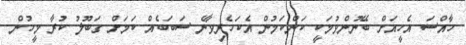
ހާއްސަ އެހީއަށް ބޭނުންވުމަކީ ކަންކަމުން އެކަހެރިވާނެ ސަބަބެއް ކަމަށް ގަބޫލު ކުރާ މީހުން